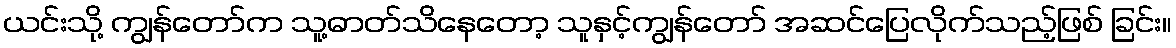
ယင်းသို့ ကျွန်တော်က သူ့ဓာတ်သိနေတော့ သူနှင့်ကျွန်တော် အဆင်ပြေလိုက်သည့်ဖြစ် ခြင်း။